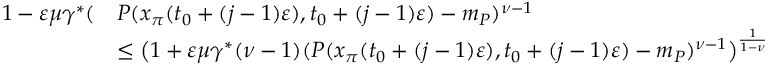
\begin{array} { r l } { 1 - \varepsilon \mu \gamma ^ { * } ( } & { P ( x _ { \pi } ( t _ { 0 } + ( j - 1 ) \varepsilon ) , t _ { 0 } + ( j - 1 ) \varepsilon ) - m _ { P } ) ^ { \nu - 1 } } \\ & { \le \big ( 1 + \varepsilon \mu \gamma ^ { * } ( \nu - 1 ) ( P ( x _ { \pi } ( t _ { 0 } + ( j - 1 ) \varepsilon ) , t _ { 0 } + ( j - 1 ) \varepsilon ) - m _ { P } ) ^ { \nu - 1 } \big ) ^ { \frac { 1 } { 1 - \nu } } } \end{array}